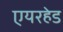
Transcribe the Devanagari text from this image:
एयरहेड